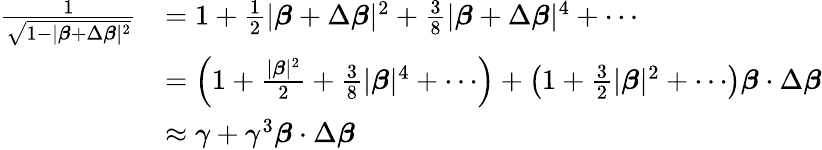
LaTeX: {\begin{array}{rl}{{\frac{1}{\sqrt{1-|{\boldsymbol{\beta}}+\Delta{\boldsymbol{\beta}}|^{2}}}}}&{=1+{\frac{1}{2}}|{\boldsymbol{\beta}}+\Delta{\boldsymbol{\beta}}|^{2}+{\frac{3}{8}}|{\boldsymbol{\beta}}+\Delta{\boldsymbol{\beta}}|^{4}+\cdots}\\ &{=\left(1+{\frac{|{\boldsymbol{\beta}}|^{2}}{2}}+{\frac{3}{8}}|{\boldsymbol{\beta}}|^{4}+\cdots\right)+\left(1+{\frac{3}{2}}|{\boldsymbol{\beta}}|^{2}+\cdots\right){\boldsymbol{\beta}}\cdot\Delta{\boldsymbol{\beta}}}\\ &{\approx\gamma+\gamma^{3}{\boldsymbol{\beta}}\cdot\Delta{\boldsymbol{\beta}}}\end{array}}